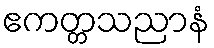
ဧကတ္တသညာနံ